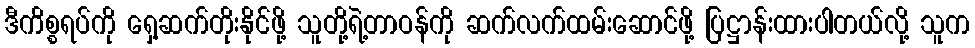
ဒီကိစ္စရပ်ကို ရှေ့ဆက်တိုးနိုင်ဖို့ သူတို့ရဲ့တာဝန်ကို ဆက်လက်ထမ်းဆောင်ဖို့ ပြဋ္ဌာန်းထားပါတယ်လို့ သူက